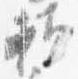
頼